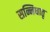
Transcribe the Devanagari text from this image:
सन्निधातृ